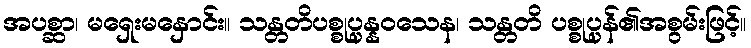
အပစ္ဆာ၊ မရှေးမနှောင်း။ သန္တတိပစ္စုပ္ပန္နဝသေန၊ သန္တတိ ပစ္စုပ္ပန်၏အစွမ်းဖြင့်။